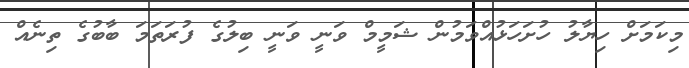
މިކަމަށް ހިޔާލު ހުށަހަޅުއްވަމުން ޝަމީމް ވަނީ ވަނީ ބިލުގެ ފުރަތަމަ ބާބުގެ ތިނެއް